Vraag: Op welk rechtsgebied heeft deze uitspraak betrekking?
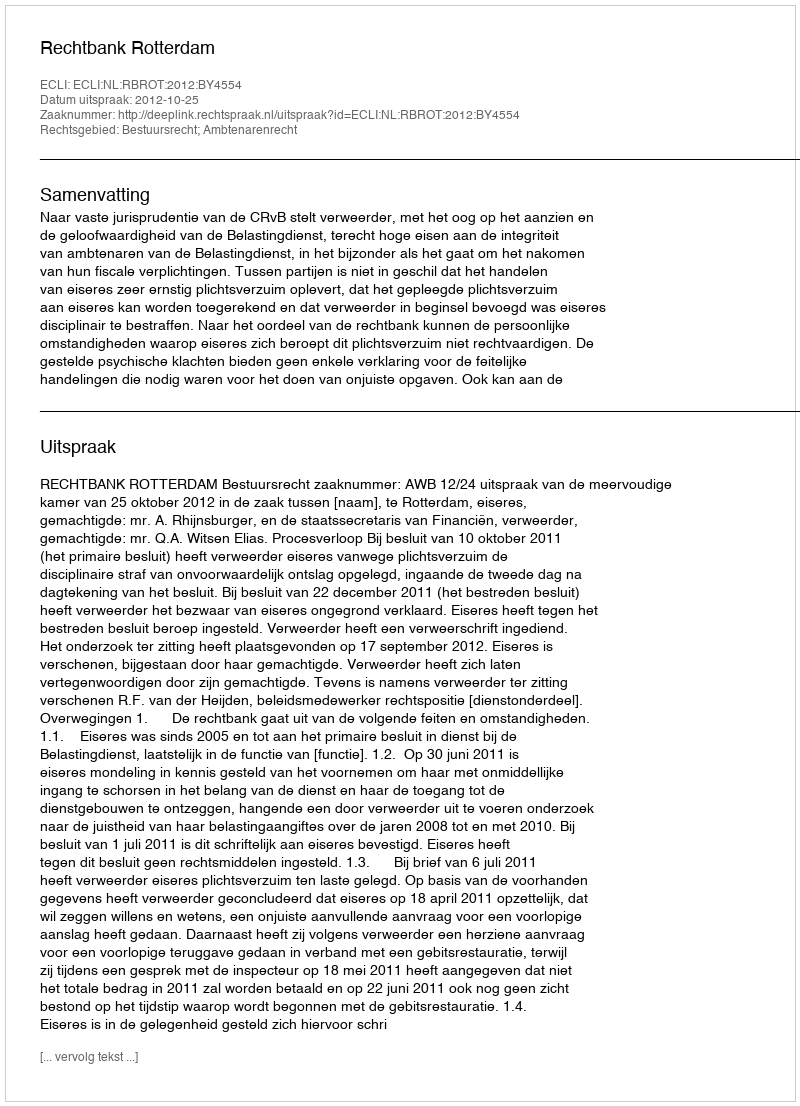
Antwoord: Bestuursrecht; Ambtenarenrecht